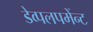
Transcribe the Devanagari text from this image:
डेव्पलपमेंन्ट